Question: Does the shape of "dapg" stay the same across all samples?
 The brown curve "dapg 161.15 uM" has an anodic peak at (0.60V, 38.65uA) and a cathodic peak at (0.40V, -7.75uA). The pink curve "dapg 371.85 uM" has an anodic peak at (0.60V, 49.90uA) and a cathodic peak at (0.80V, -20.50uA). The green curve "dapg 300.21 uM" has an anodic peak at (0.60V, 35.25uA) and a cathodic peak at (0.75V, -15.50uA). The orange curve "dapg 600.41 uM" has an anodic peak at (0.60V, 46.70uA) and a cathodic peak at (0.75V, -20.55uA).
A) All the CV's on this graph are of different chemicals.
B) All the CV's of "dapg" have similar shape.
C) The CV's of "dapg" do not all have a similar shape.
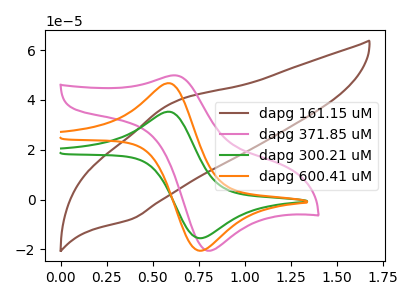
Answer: <think>"dapg 161.15 uM" and "dapg 371.85 uM" have at least one peak that do not match. "dapg 161.15 uM" and "dapg 300.21 uM" have at least one peak that do not match. "dapg 161.15 uM" and "dapg 600.41 uM" have at least one peak that do not match. All the peaks in "dapg 371.85 uM" have a peak in "dapg 300.21 uM" at the same potential. Every peak in "dapg 371.85 uM" is higher than every peak in "dapg 300.21 uM". All the peaks in "dapg 371.85 uM" have a peak in "dapg 600.41 uM" at the same potential. All the peaks in "dapg 300.21 uM" have a peak in "dapg 600.41 uM" at the same potential. Every peak in "dapg 300.21 uM" is lower than every peak in "dapg 600.41 uM".
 </think>
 <answer>B) All the CV's of "dapg" have similar shape.</answer>
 <eval>B</eval>